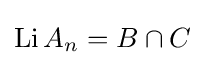
\mathop {\mathrm {Li} } A_{n}=B\cap C